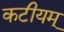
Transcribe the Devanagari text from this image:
कटीयम्‌